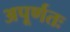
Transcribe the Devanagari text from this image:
अपूर्णतः